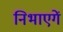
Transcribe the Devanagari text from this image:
निभाएगें